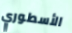
الأسطوري